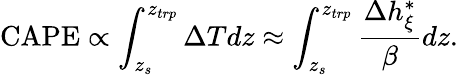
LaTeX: \textrm{CAPE}\propto\int_{z_{s}}^{z_{trp}}\Delta Tdz\approx\int_{z_{s}}^{z_{trp}}\frac{\Delta h_{\xi}^{*}}{\beta}dz.